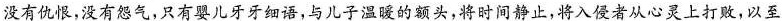
没有仇恨，没有怨气，只有婴儿牙牙细语，与儿子温暖的额头，将时间静止，将入侵者从心灵上打败，以至